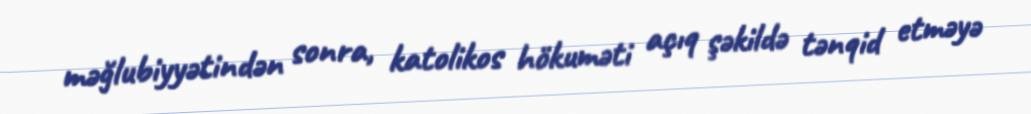
məğlubiyyətindən sonra, katolikos hökuməti açıq şəkildə tənqid etməyə